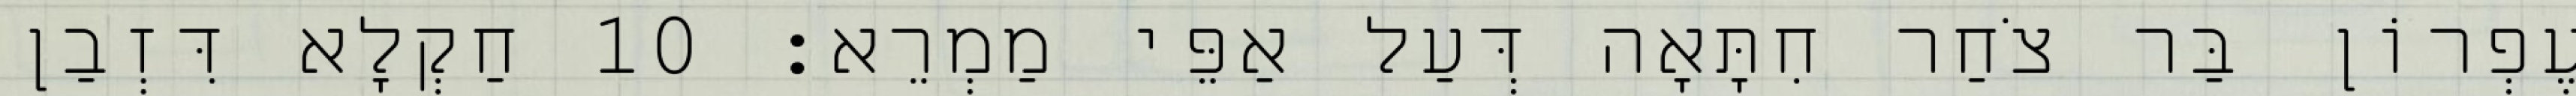
עֶפְרוֹן בַּר צֹחַר חִתָּאָה דְּעַל אַפֵּי מַמְרֵא׃ 10 חַקְלָא דִּזְבַן